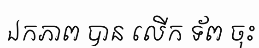
ឯកភាព បាន លើក ទ័ព ចុះ